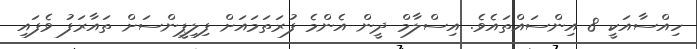
ހިއްސާއަކީ 8 އިންސައްތައެވެ. އިސްލާމް ދީން އެންމެ ފުރަތަމައަށް ފިލިޕީންސަށް ތައާރަފު ވެފައި